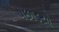
પછાડયો